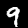
Label: 9